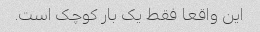
این واقعا فقط یک بار کوچک است.